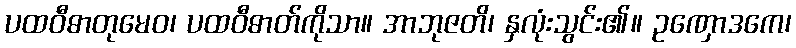
ပထဝီဓာတုမေဝ၊ ပထဝီဓာတ်ကိုသာ။ အာဘုဇတိ၊ နှလုံးသွင်း၏။ ဥဏှောဒကေ၊